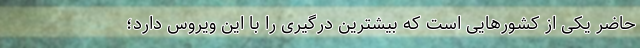
حاضر یکی از کشور‌هایی است که بیشترین درگیری را با این ویروس دارد؛